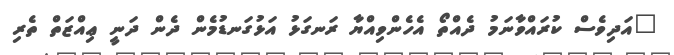
"އަދިވެސް ކުރައްވާނަމު ދެއްތޯ އެހެންވިއްޔާ ރަނގަޅު އަޅުގަނޑުމެން ދެން ދަނީ ޢިއްޒަތް ތެރި